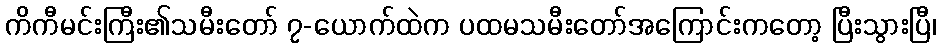
ကိကီမင်းကြီး၏သမီးတော် ၇-ယောက်ထဲက ပထမသမီးတော်အကြောင်းကတော့ ပြီးသွားပြီ၊